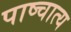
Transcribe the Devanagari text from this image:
पाष्चात्य